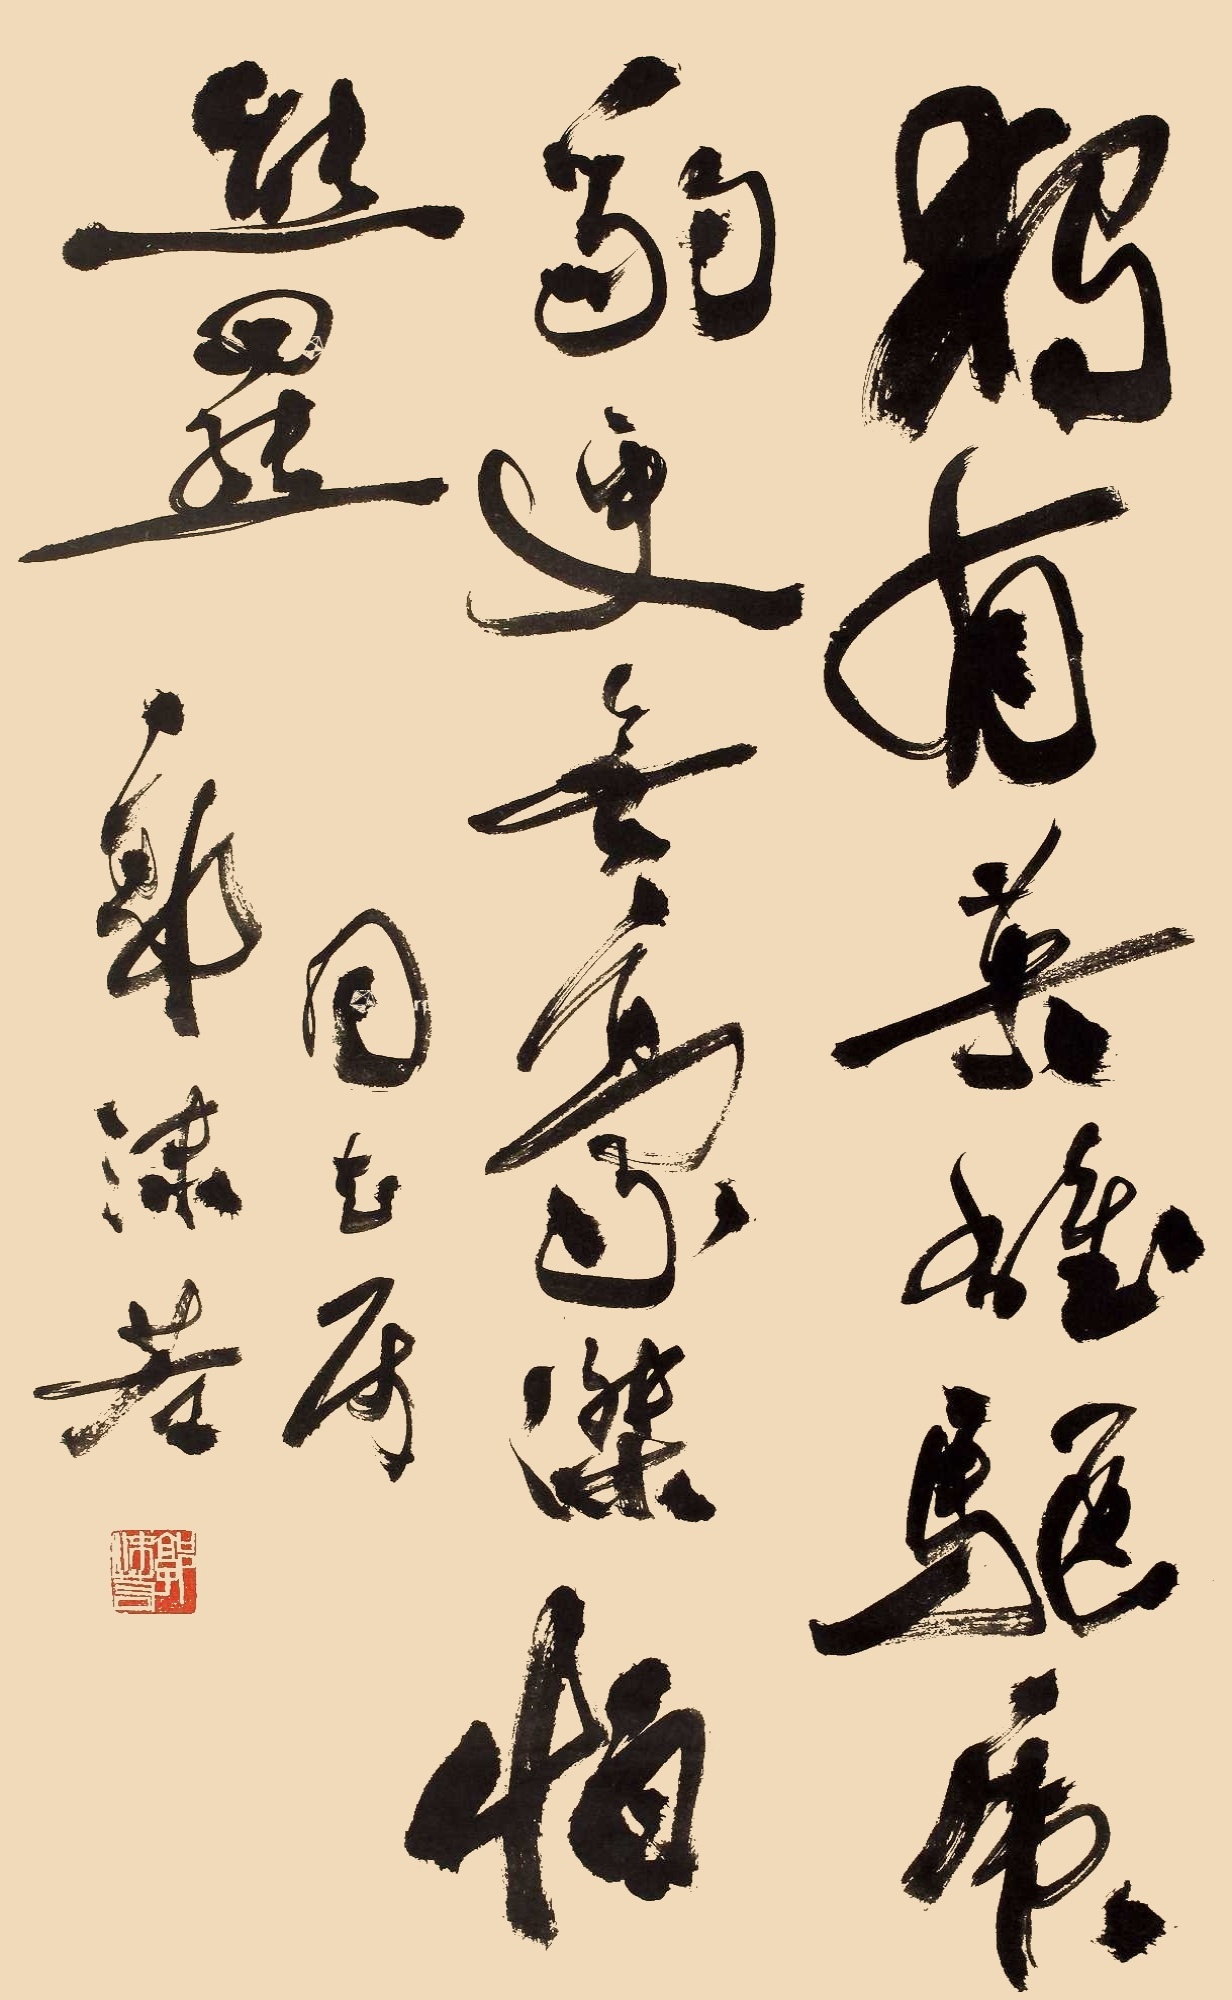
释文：独有英雄驱虎豹，更无豪杰怕熊罴。同志属，郭沫若。